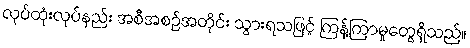
လုပ်ထုံးလုပ်နည်း အစီအစဉ်အတိုင်း သွားရသဖြင့် ကြန့်ကြာမှုတွေရှိသည်။